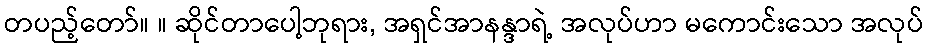
တပည့်တော်။ ။ ဆိုင်တာပေါ့ဘုရား, အရှင်အာနန္ဒာရဲ့ အလုပ်ဟာ မကောင်းသော အလုပ်